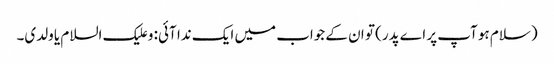
(سلام ہو آپ پر اے پدر) تو ان کے جواب میں ایک ندا آئی: و علیک السلام یا ولدی۔